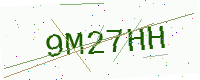
Text: 9M27HH